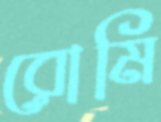
রোমি